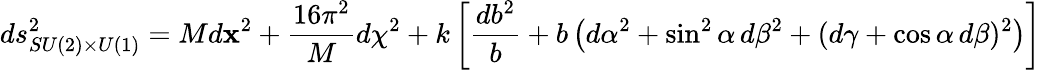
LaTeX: ds_{SU(2)\times U(1)}^{2}=Md{\mathbf x}^{2}+{\frac{16\pi^{2}}{M}}d\chi^{2}+k\left[{\frac{db^{2}}{b}}+b\left(d\alpha^{2}+\sin^{2}\alpha\, d\beta^{2}+(d\gamma+\cos\alpha\, d\beta)^{2}\right)\right]